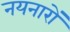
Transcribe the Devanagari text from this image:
नयनारों